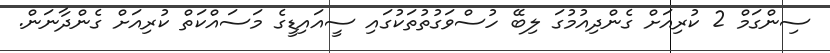
ސިންގަމް 2 ކުރިއަށް ގެންދިއުމުގަ ލިބޭ ހުސްވަގުތުތަކުގައި ސީއައިޑީގެ މަސައްކަތް ކުރިއަށް ގެންދާނަން.